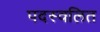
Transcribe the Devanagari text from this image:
पदस्वलित